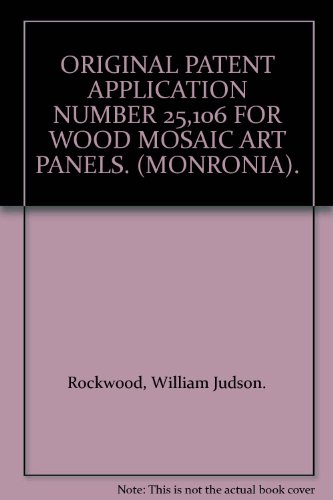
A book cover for ORIGINAL PATENT APPLICATION NUMBER 25,106 FOR WOOD MOSAIC ART PANELS. (MONRONIA).; William Judson. Rockwood; Arts & Photography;